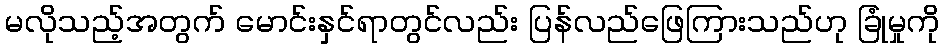
မလိုသည့်အတွက် မောင်းနှင်ရာတွင်လည်း ပြန်လည်ဖြေကြားသည်ဟု ခြုံမှုကို